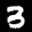
Label: 3